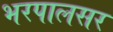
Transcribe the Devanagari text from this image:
भरपालसर